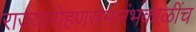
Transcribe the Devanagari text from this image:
राज्यारोहणसमारंभकाळींच